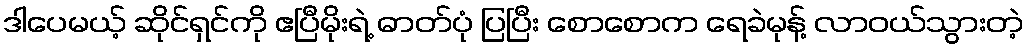
ဒါပေမယ့် ဆိုင်ရှင်ကို ဧပြီမိုးရဲ့ ဓာတ်ပုံ ပြပြီး စောစောက ရေခဲမုန့် လာဝယ်သွားတဲ့